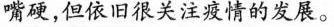
嘴硬，但依旧很关注疫情的发展。